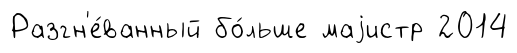
Разгн'е́ванный бо́льше маjистр 2014